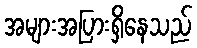
အများအပြားရှိနေသည်